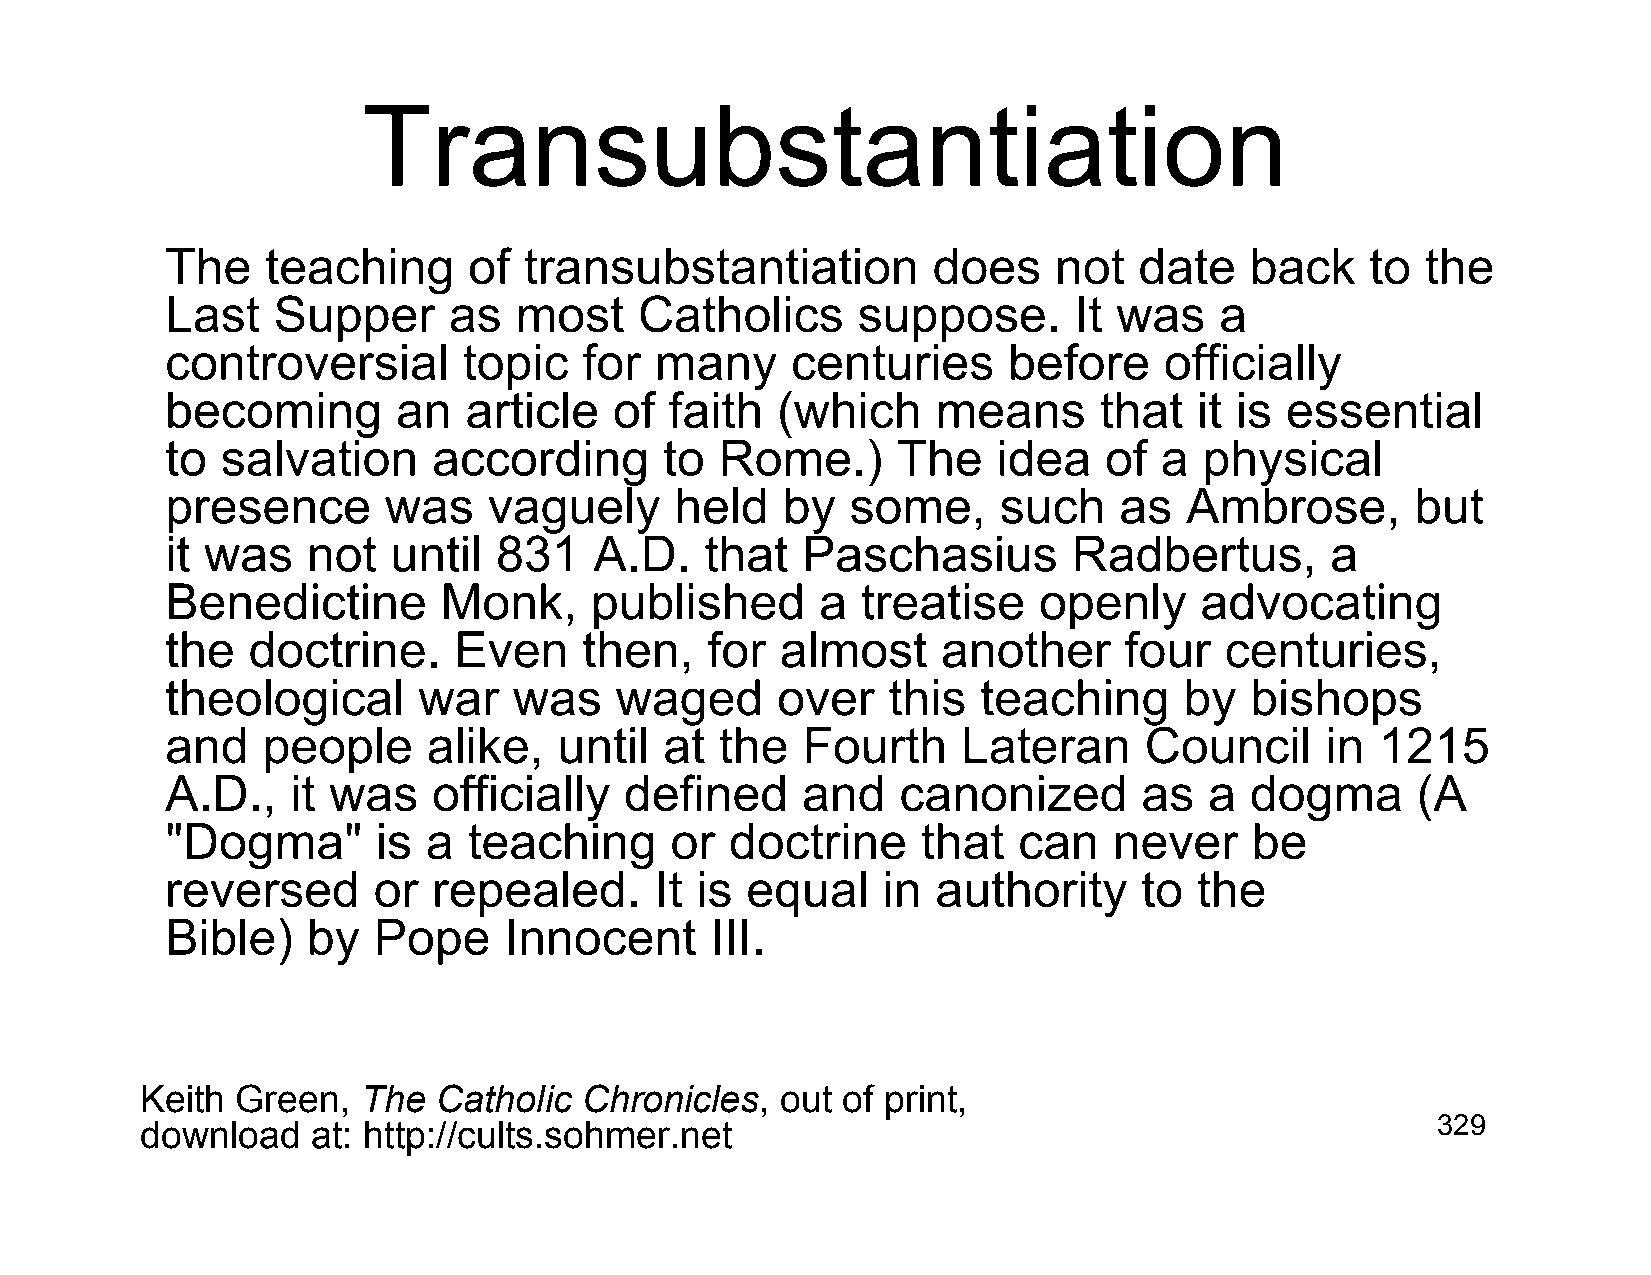
Transubstantiation
 The    teaching     of  transubstantiation         does    not  date    back    to the
 Last   Supper      as  most    Catholics      suppose.      It was    a
 controversial       topic   for many     centuries      before    officially
 becoming       an   article   of faith  (which     means      that  it is essential
 to  salvation     according      to  Rome.)     The    idea   of  a  physical
 presence      was    vaguely      held   by  some,     such    as  Ambrose,        but
 it was   not   until  831   A.D.    that  Paschasius        Radbertus,       a
 Benedictine       Monk,     published      a  treatise    openly    advocating
 the  doctrine.     Even     then,   for  almost    another     four   centuries,
 theological      war   was    waged     over    this  teaching     by   bishops
 and   people     alike,   until  at  the  Fourth     Lateran     Council     in 1215
 A.D.,   it was    officially  defined     and    canonized       as  a  dogma      (A
 "Dogma"       is a  teaching     or  doctrine     that  can    never    be
 reversed      or  repealed.     It is equal    in  authority     to the
 Bible)   by   Pope    Innocent      III.
 Keith  Green,  The  Catholic  Chronicles,  out of print,
 download    at: http://cults.sohmer.net                                               329